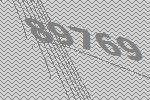
89769